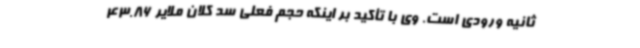
ثانیه ورودی است. وی با تأکید بر اینکه حجم فعلی سد کلان ملایر 43.86